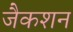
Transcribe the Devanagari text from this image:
जैकशन